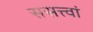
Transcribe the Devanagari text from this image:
ससत्त्वां